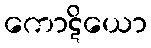
ကောဋိယော